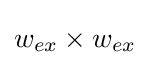
w_{ex}\times w_{ex}